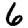
Digit: 6